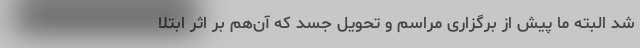
شد البته ما پیش از برگزاری مراسم و تحویل جسد که آن‌هم بر اثر ابتلا